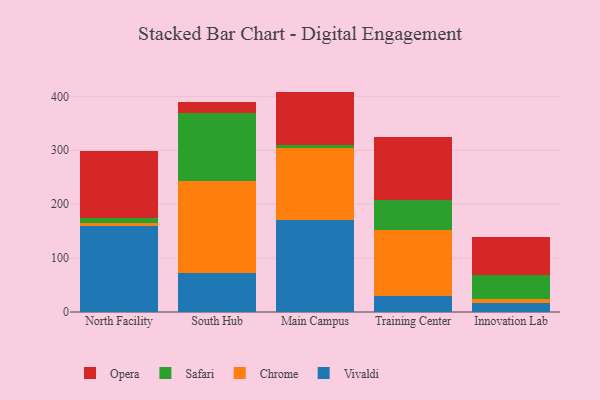
{"axis": {"x": "Campus", "y": "Waste Production (Tons)"}, "legend": ["Chrome", "Opera", "Safari", "Vivaldi"], "data": [{"x": "North Facility", "y": 159.7, "type": "Vivaldi"}, {"x": "North Facility", "y": 5.8, "type": "Chrome"}, {"x": "North Facility", "y": 8.6, "type": "Safari"}, {"x": "North Facility", "y": 123.8, "type": "Opera"}, {"x": "South Hub", "y": 72.9, "type": "Vivaldi"}, {"x": "South Hub", "y": 170.9, "type": "Chrome"}, {"x": "South Hub", "y": 124.6, "type": "Safari"}, {"x": "South Hub", "y": 21.6, "type": "Opera"}, {"x": "Main Campus", "y": 170.7, "type": "Vivaldi"}, {"x": "Main Campus", "y": 133.6, "type": "Chrome"}, {"x": "Main Campus", "y": 5.6, "type": "Safari"}, {"x": "Main Campus", "y": 98.9, "type": "Opera"}, {"x": "Training Center", "y": 28.9, "type": "Vivaldi"}, {"x": "Training Center", "y": 124.0, "type": "Chrome"}, {"x": "Training Center", "y": 54.7, "type": "Safari"}, {"x": "Training Center", "y": 117.3, "type": "Opera"}, {"x": "Innovation Lab", "y": 17.2, "type": "Vivaldi"}, {"x": "Innovation Lab", "y": 6.4, "type": "Chrome"}, {"x": "Innovation Lab", "y": 45.6, "type": "Safari"}, {"x": "Innovation Lab", "y": 69.2, "type": "Opera"}]}